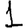
Digit: 1